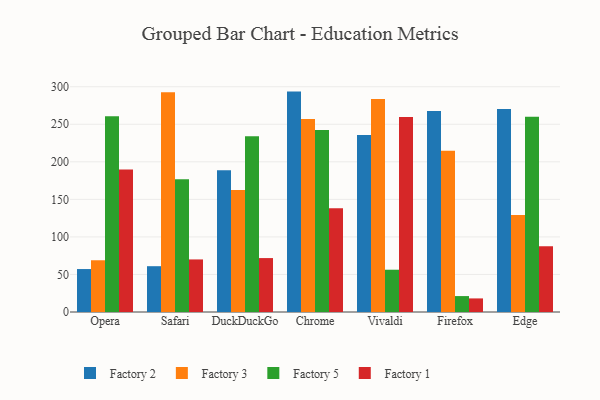
{"axis": {"x": "Browser", "y": "Revenue (USD Million)"}, "legend": ["Factory 1", "Factory 2", "Factory 3", "Factory 5"], "data": [{"x": "Opera", "y": 57.2, "type": "Factory 2"}, {"x": "Opera", "y": 68.9, "type": "Factory 3"}, {"x": "Opera", "y": 260.6, "type": "Factory 5"}, {"x": "Opera", "y": 189.9, "type": "Factory 1"}, {"x": "Safari", "y": 61.0, "type": "Factory 2"}, {"x": "Safari", "y": 292.7, "type": "Factory 3"}, {"x": "Safari", "y": 176.8, "type": "Factory 5"}, {"x": "Safari", "y": 70.0, "type": "Factory 1"}, {"x": "DuckDuckGo", "y": 188.7, "type": "Factory 2"}, {"x": "DuckDuckGo", "y": 162.3, "type": "Factory 3"}, {"x": "DuckDuckGo", "y": 234.1, "type": "Factory 5"}, {"x": "DuckDuckGo", "y": 71.8, "type": "Factory 1"}, {"x": "Chrome", "y": 293.5, "type": "Factory 2"}, {"x": "Chrome", "y": 256.9, "type": "Factory 3"}, {"x": "Chrome", "y": 242.4, "type": "Factory 5"}, {"x": "Chrome", "y": 138.3, "type": "Factory 1"}, {"x": "Vivaldi", "y": 235.8, "type": "Factory 2"}, {"x": "Vivaldi", "y": 283.5, "type": "Factory 3"}, {"x": "Vivaldi", "y": 56.3, "type": "Factory 5"}, {"x": "Vivaldi", "y": 259.6, "type": "Factory 1"}, {"x": "Firefox", "y": 267.6, "type": "Factory 2"}, {"x": "Firefox", "y": 214.7, "type": "Factory 3"}, {"x": "Firefox", "y": 21.2, "type": "Factory 5"}, {"x": "Firefox", "y": 18.1, "type": "Factory 1"}, {"x": "Edge", "y": 270.4, "type": "Factory 2"}, {"x": "Edge", "y": 129.2, "type": "Factory 3"}, {"x": "Edge", "y": 259.9, "type": "Factory 5"}, {"x": "Edge", "y": 87.6, "type": "Factory 1"}]}